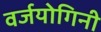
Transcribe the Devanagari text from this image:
वर्जयोगिनी